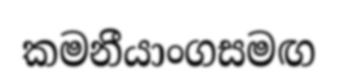
කමනීයාංගසමඟ